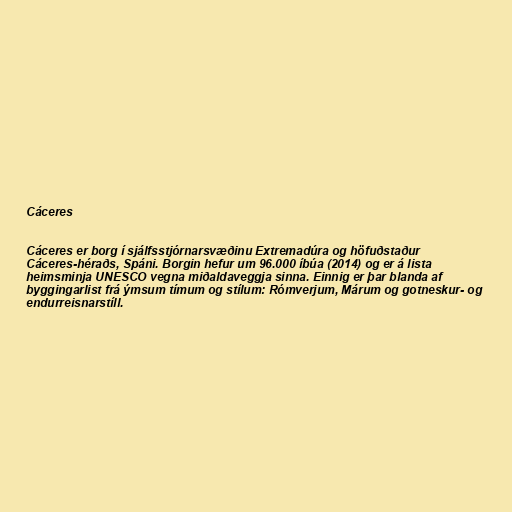
Cáceres

Cáceres er borg í sjálfsstjórnarsvæðinu Extremadúra og höfuðstaður
Cáceres-héraðs, Spáni. Borgin hefur um 96.000 íbúa (2014) og er á lista
heimsminja UNESCO vegna miðaldaveggja sinna. Einnig er þar blanda af
byggingarlist frá ýmsum tímum og stílum: Rómverjum, Márum og gotneskur- og
endurreisnarstíll.